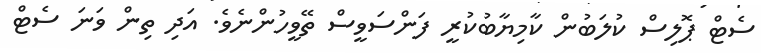
ސެޓް ޕޮލިސް ކުލަބުން ކާމިޔާބުކުރީ ފަންސަވީސް ތޭވީހުންނެވެ. އަދި ތިން ވަނަ ސެޓް